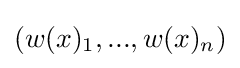
(w(x)_{1},...,w(x)_{n})